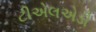
ટીએલએડી